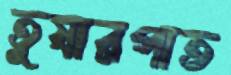
তুষারপাত